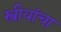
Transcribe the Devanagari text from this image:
स्त्रीयांचा